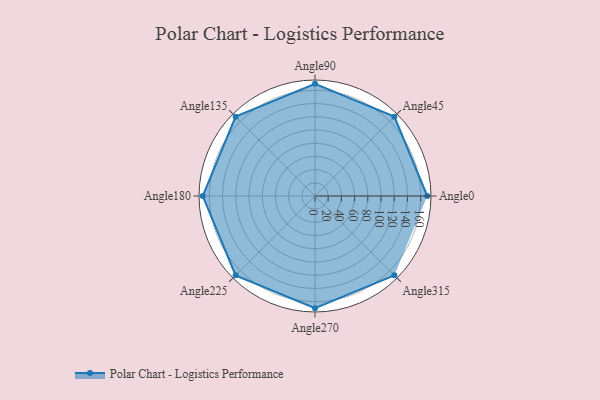
{"axis": {"x": "Angle", "y": "Radius"}, "legend": [""], "data": [{"x": "Angle0", "y": 170, "type": ""}, {"x": "Angle45", "y": 170, "type": ""}, {"x": "Angle90", "y": 170, "type": ""}, {"x": "Angle135", "y": 170, "type": ""}, {"x": "Angle180", "y": 170, "type": ""}, {"x": "Angle225", "y": 170, "type": ""}, {"x": "Angle270", "y": 170, "type": ""}, {"x": "Angle315", "y": 170, "type": ""}]}